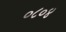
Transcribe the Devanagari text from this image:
०८०४